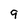
Character: 9